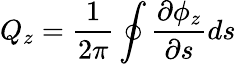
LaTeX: Q_{z}=\frac{1}{2\pi}\oint\frac{\partial\phi_{z}}{\partial s}ds